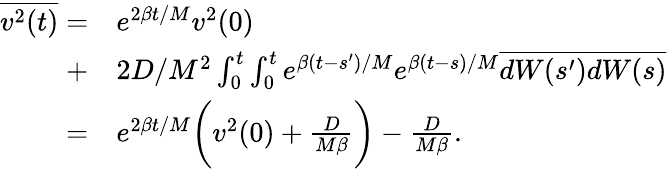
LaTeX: \begin{array}{rl}{\overline{{v^{2}(t)}}=}&{e^{2\beta t/M}v^{2}(0)}\\ {+}&{2D/M^{2}\int_{0}^{t}\int_{0}^{t}e^{\beta(t-s^{\prime})/M}e^{\beta(t-s)/M}\overline{{dW(s^{\prime})dW(s)}}}\\ {=}&{e^{2\beta t/M}\bigg(v^{2}(0)+\frac{D}{M\beta}\bigg)-\frac{D}{M\beta}.}\end{array}